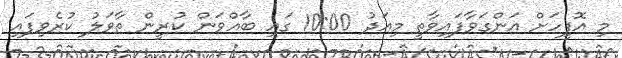
މި އޮފީހަށް އަންގަވާފައިވާތީ މިއަދު 10:00 ގައި ބާއްވަން ކުރީން ތާވަލު ކުރެވިފައި